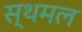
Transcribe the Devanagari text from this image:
स्थमल